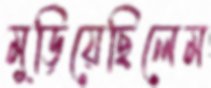
মুড়িয়েছিলেম